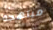
مبتهجة